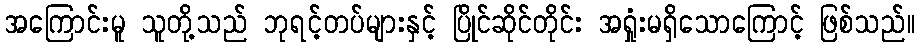
အကြောင်းမူ သူတို့သည် ဘုရင့်တပ်များနှင့် ပြိုင်ဆိုင်တိုင်း အရှုံးမရှိသောကြောင့် ဖြစ်သည်။